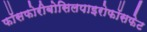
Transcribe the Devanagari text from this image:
फॉसफोरीबोसिलपाइरोफॉसफेट